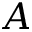
A